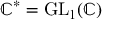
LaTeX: \mathbb { C } ^ { * } = \operatorname { G L } _ { 1 } ( \mathbb { C } )